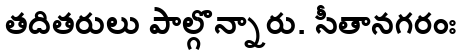
తదితరులు పాల్గొన్నారు. సీతానగరంః